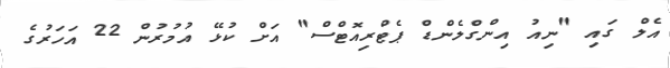
އެލް ގައި "ނިއު އިންގްލެންޑް ޕެޓްރިއޮޓްސް" އަށް ކުޅޭ އުމުރުން 22 އަހަރުގެ